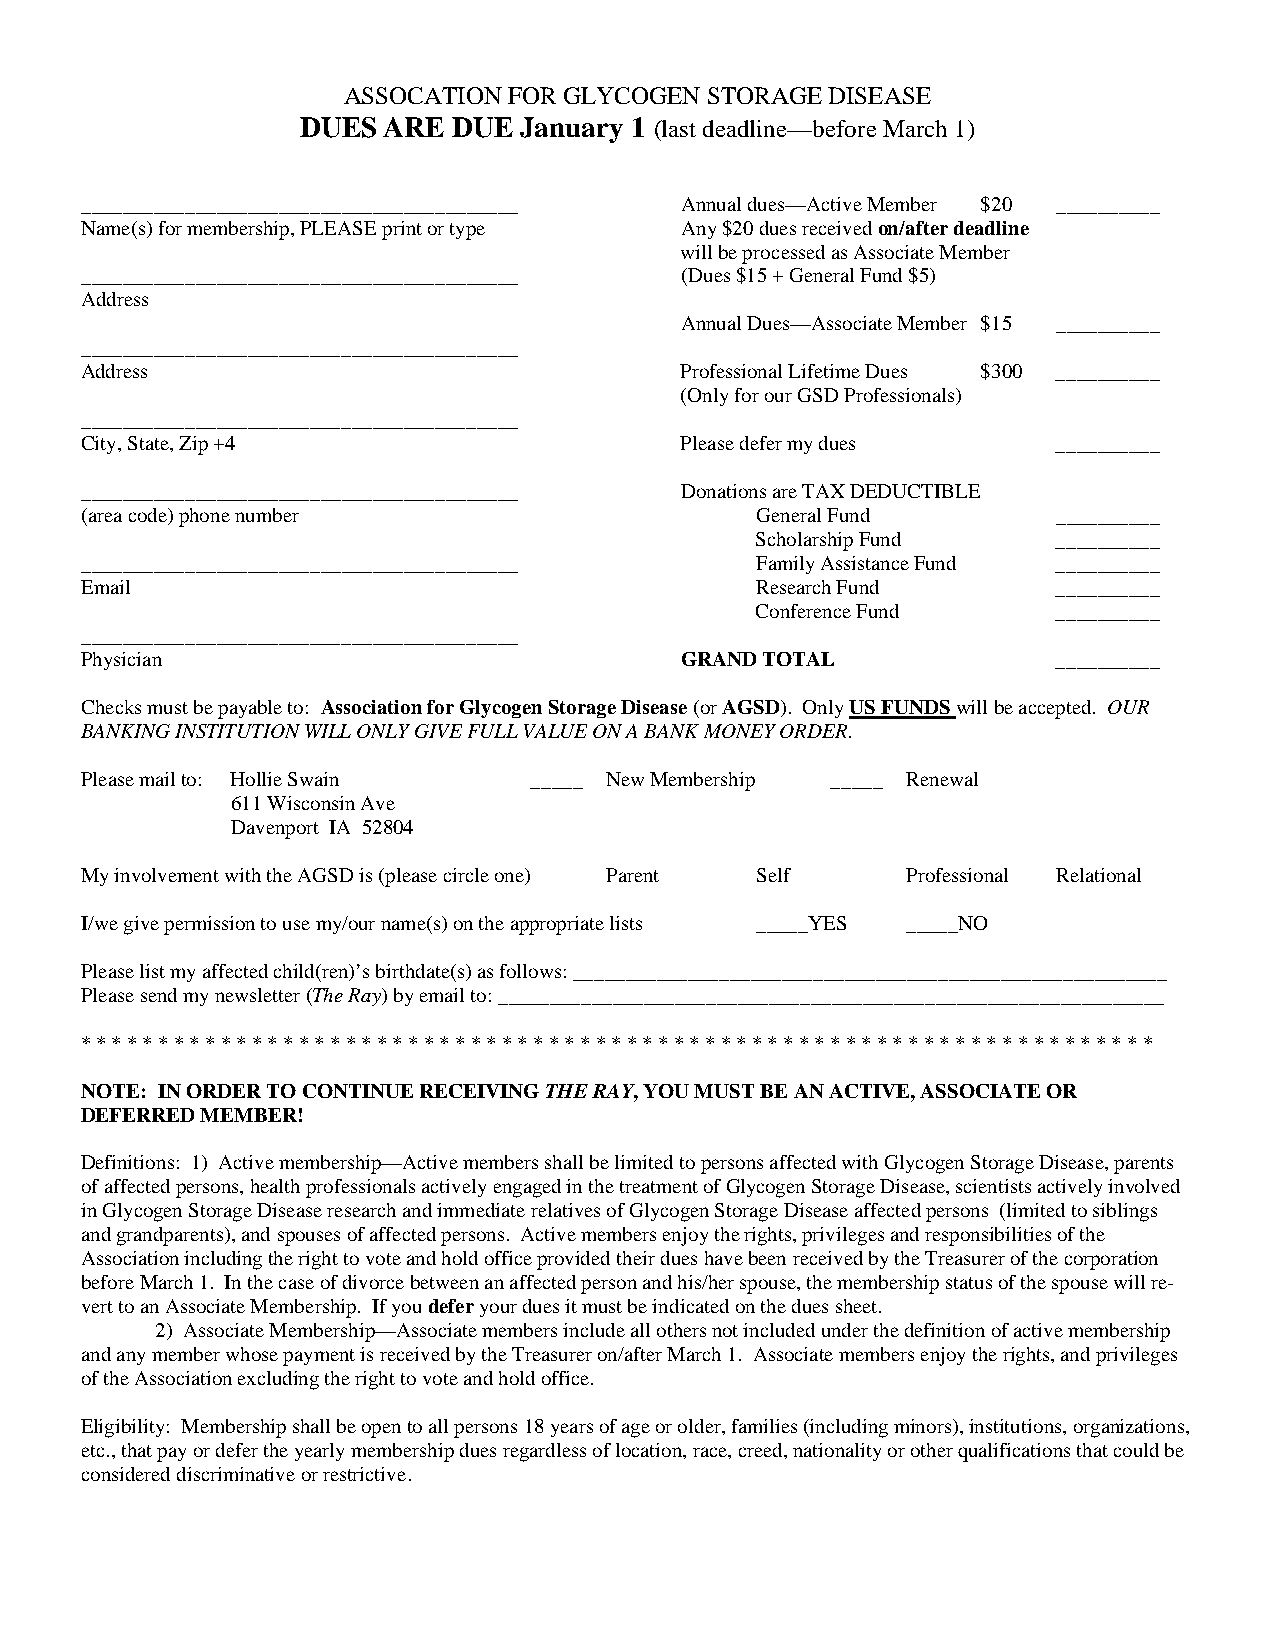
ASSOCATION FOR GLYCOGEN STORAGE DISEASE
 DUES ARE  DUE January 1 (last deadline—before March 1)
 __________________________________________ Annual dues—Active Member $20 __________
 Name(s) for membership, PLEASE print or type Any $20 dues received on/after deadline
 will be processed as Associate Member
 __________________________________________ (Dues $15 + General Fund $5)
 Address
 Annual Dues—Associate Member $15 __________
 __________________________________________
 Address                                 Professional Lifetime Dues $300 __________
 (Only for our GSD Professionals)
 __________________________________________
 City, State, Zip +4                     Please defer my dues     __________
 __________________________________________ Donations are TAX DEDUCTIBLE
 (area code) phone number                     General Fund        __________
 Scholarship Fund    __________
 __________________________________________   Family Assistance Fund __________
 Email                                        Research Fund       __________
 Conference Fund     __________
 __________________________________________
 Physician                               GRAND TOTAL              __________
 Checks must be payable to: Association for Glycogen Storage Disease (or AGSD). Only US FUNDS will be accepted. OUR
 BANKING INSTITUTION WILL ONLY GIVE FULL VALUE ON A BANK MONEY ORDER.
 Please mail to: Hollie Swain  _____ New Membership _____ Renewal
 611 Wisconsin Ave
 Davenport IA 52804
 My involvement with the AGSD is (please circle one) Parent Self Professional Relational
 I/we give permission to use my/our name(s) on the appropriate lists _____YES _____NO
 Please list my affected child(ren)’s birthdate(s) as follows: _________________________________________________________
 Please send my newsletter (The Ray) by email to: ________________________________________________________________
 * * * * * * * * * * * * * * * * * * * * * * * * * * * * * * * * * * * * * * * * * * * * * * * * * * * * * * * * * * * * * * * * * * * * *
 NOTE: IN ORDER TO CONTINUE RECEIVING THE RAY, YOU MUST BE AN ACTIVE, ASSOCIATE OR
 DEFERRED MEMBER!
 Definitions: 1) Active membership—Active members shall be limited to persons affected with Glycogen Storage Disease, parents
 of affected persons, health professionals actively engaged in the treatment of Glycogen Storage Disease, scientists actively involved
 in Glycogen Storage Disease research and immediate relatives of Glycogen Storage Disease affected persons (limited to siblings
 and grandparents), and spouses of affected persons. Active members enjoy the rights, privileges and responsibilities of the
 Association including the right to vote and hold office provided their dues have been received by the Treasurer of the corporation
 before March 1. In the case of divorce between an affected person and his/her spouse, the membership status of the spouse will re-
 vert to an Associate Membership. If you defer your dues it must be indicated on the dues sheet.
 2) Associate Membership—Associate members include all others not included under the definition of active membership
 and any member whose payment is received by the Treasurer on/after March 1. Associate members enjoy the rights, and privileges
 of the Association excluding the right to vote and hold office.
 Eligibility: Membership shall be open to all persons 18 years of age or older, families (including minors), institutions, organizations,
 etc., that pay or defer the yearly membership dues regardless of location, race, creed, nationality or other qualifications that could be
 considered discriminative or restrictive.